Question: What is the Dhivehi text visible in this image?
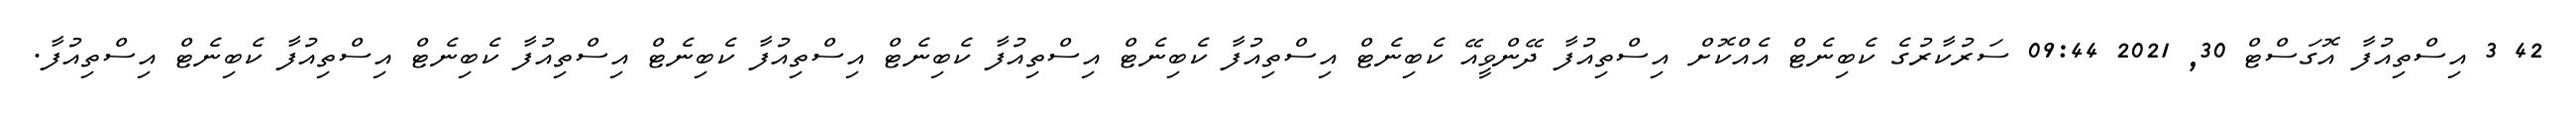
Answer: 42 3 އިސްތިއުފާ އޮގަސްޓް 30, 2021 09:44 ސަރުކާރުގެ ކެބިނެޓް އެއްކޮށް އިސްތިއުފާ ދޭންވީއޭ ކެބިނެޓް އިސްތިއުފާ ކެބިނެޓް އިސްތިއުފާ ކެބިނެޓް އިސްތިއުފާ ކެބިނެޓް އިސްތިއުފާ ކެބިނެޓް އިސްތިއުފާ ކެބިނެޓް އިސްތިއުފާ.